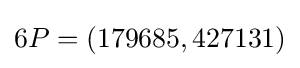
6P=(179685,427131)